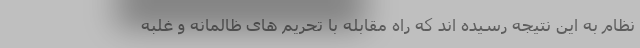
نظام به این نتیجه رسیده اند که راه مقابله با تحریم های ظالمانه و غلبه